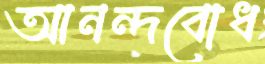
আনন্দবোধ